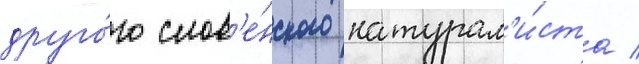
друго́го слов'е́нского натурал'и́ста /